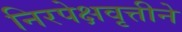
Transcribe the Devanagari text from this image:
निरपेक्षवृत्तीने